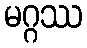
မဂ္ဂဿ